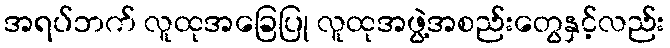
အရပ်ဘက် လူထုအခြေပြု လူထုအဖွဲ့အစည်းတွေနှင့်လည်း